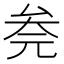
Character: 𰆮